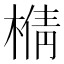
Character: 𰘍